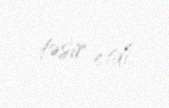
təsir etdi.